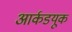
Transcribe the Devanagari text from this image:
आर्कडयूक